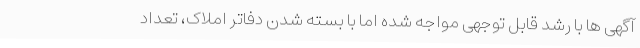
آگهی ها با رشد قابل توجهی مواجه شده اما با بسته شدن دفاتر املاک، تعداد